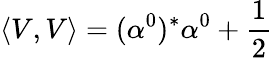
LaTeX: \left\langle V,V\right\rangle=(\alpha^{0})^{*}\alpha^{0}+\frac{1}{2}